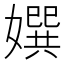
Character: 𡢀